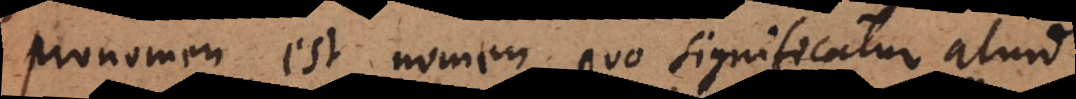
Pronomen est nomen quo significatur aliud